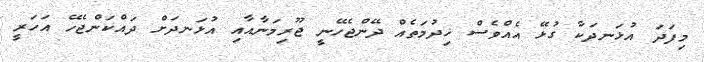
މިފަދަ އުޅަނދަކާ ގުޅޭ އެއްވެސް ޚިދުމަތެއް ދޭންޖެހޭނީ ޖޫރިމަނާއާއި އުޅަނދަށް ދައްކަންޖެހޭ އަހަރީ